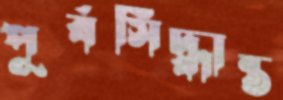
পূর্বসিদ্ধান্ত